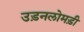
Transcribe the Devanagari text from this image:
उड़नलोमड़ी